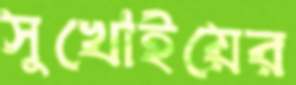
সুখোইয়ের